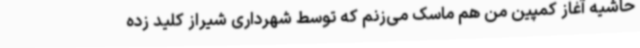
حاشیه آغاز کمپین من هم ماسک می‌زنم که توسط شهرداری شیراز کلید زده